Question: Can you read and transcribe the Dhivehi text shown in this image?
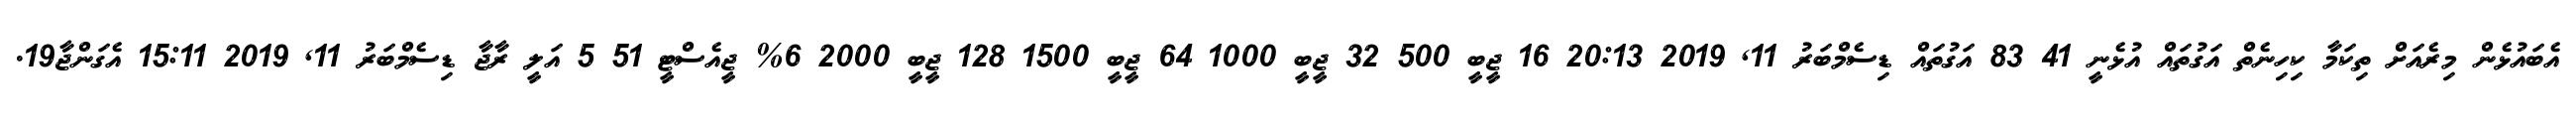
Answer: އެބައުޅެން މިރެއަށް ތިކަމާ ކިހިނެތް އަގުތައް އުޅެނީ 41 83 އަގުތައް ޑިސެމްބަރު 11, 2019 20:13 16 ޖީބީ 500 32 ޖީބީ 1000 64 ޖީބީ 1500 128 ޖީބީ 2000 6% ޖީއެސްޓީ 51 5 އަލީ ރާޖާ ޑިސެމްބަރު 11, 2019 15:11 އެގަންޖާ19.